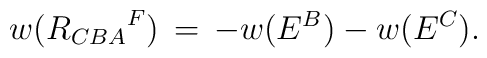
w({R_{CBA}}^F) \,=\,- w(E^B) - w(E^C).